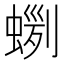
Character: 𧍼